Vital statistics of India. Vol. IV, Annual returns from 1871 to 1876. British Army of India, Native Army and jails of Bengal
Year: 1871
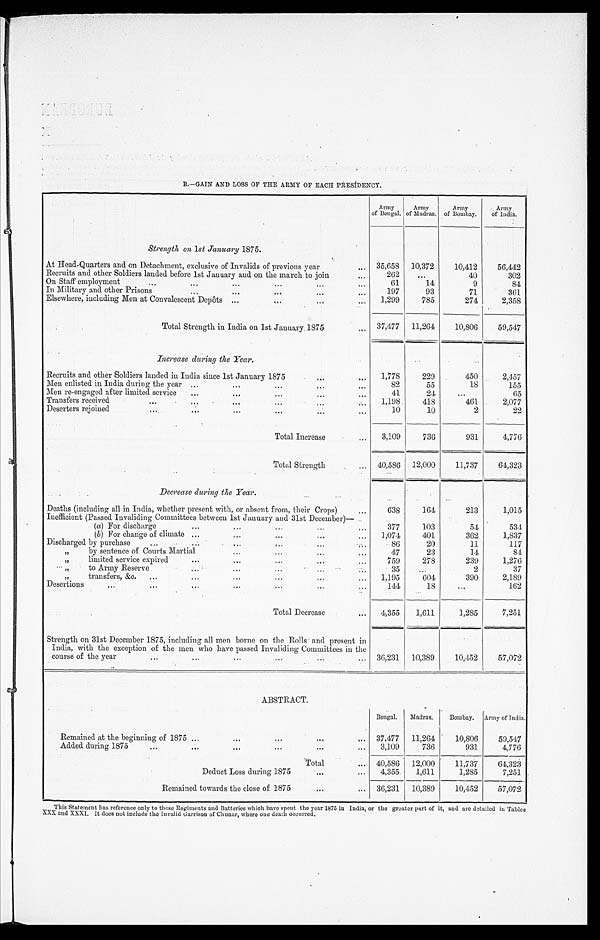
B.—GAIN AND LOSS OF THE ARMY OF EACH PRESIDENCY.
Army
of Bengal. Army
of Madras. Army
of Bombay. Army
of India.
Strength on 1st January1 8 7 5 .
At Head-Quarters and on Detachment, exclusive of Invalids of previous year
35,658 10,372 10,412 56,442
Recruits and other Soldiers landed before 1st January and on the march to join
262
40
302
On Staff employment
61
14
9
84
In Military and other Prisons
197
93
71
361
Elsewhere, including Men at Convalescent Depôts
1,299 785
274
2,358
Total Strength in India on 1st January. 1875
37,477 11,264 10,806 59,547
Increase during the Year.
Recruits and other Soldiers landed in India since 1st January 1875
1,778 229
450
2,457
Men enlisted in India during the year
82
55
18
155
Men re-engaged after limited service
41
24
65
Transfers received
1,198. 418
461
2,077
Deserters rejoined
10
10
2
22
Total Increase
3,109 736
931
4,776
Total Strength
40,586 12,000 11,737 64,323
Decrease during the Year.
Deaths (including all in India., whether present with, or absent from, their Crops)
638 164
213
1,015
Inefficient (Passed Invaliding Committees between 1st January and 31st December)—
(a) For discharge
377 103
54
534
(b) For change of climate
1,074 401
362
1,837
Discharged by purchase
86
20
11
117
" b y s e n t e n c e o f C o u r t s M a r t i a l 47
23
14
84
limited service expired
759 278
239
1,276
" to Army Reserve
35
2
37
" t r a n s f e r s , & c .
1,195 604
390
2,189
Desertions
144
18
162
Total Decrease
4,355 1,611
1,285
7,251
Strength on 31st December 1875, including all men borne on the Rolls and present in
India, with the exception of the men who have passed Invaliding Committees in the
course of the year
36,231 10,389 10,452 57,072
ABSTRACT.
Bengal. Madras. Bombay. Army of India.
Remained at the beginning of 1875
37,477 11,264 10,806 59,547
Added during 1875
3,109 736
931
4,776
Total
40,586 12,000 11,737 64,323
Deduct Loss during 1875
4,355 1,611
1,285
7,251
Remained towards the close of 1875
36,231 10,389 10,452 57,072
•
Th i s S t a t e me n t h a s r e f e r e n c e o n l y t o t h o s e Re g i me n t s a n d Ba t t e r i e s wh i c h h a v e s p e n t t h e y e a r 1 8 7 5 i n I n d i a , o r t h e g r e a t e r p a r t o f i t , a n d a r e d e t a i l e d i n Ta b l e s
XXX and XXXI. It does not i ncl ude t he Inval i d Garri son of Chunar, where one deat h occurred.